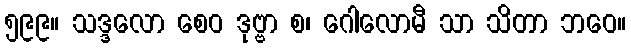
၅၉၉။ သဒ္ဒလော စေဝ ဒုဗ္ဗာ စ၊ ဂေါလောမီ သာ သိတာ ဘဝေ။